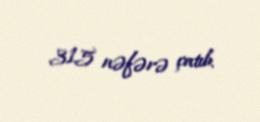
315 nəfərə çatıb.